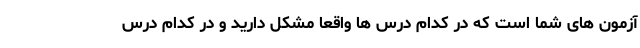
آزمون های شما است که در کدام درس ها واقعا مشکل دارید و در کدام درس